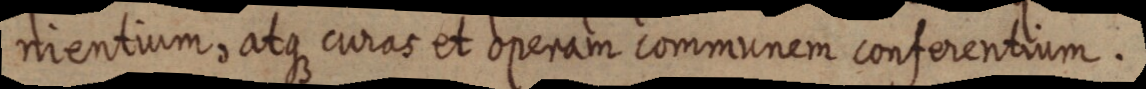
nientium, atque curas et operam communem conferentium.